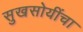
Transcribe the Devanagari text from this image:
सुखसोयींचा